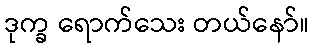
ဒုက္ခ ရောက်သေး တယ်နော်။